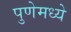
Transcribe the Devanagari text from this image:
पुणेमध्ये